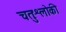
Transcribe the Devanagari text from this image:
चतुःश्लोकी